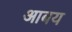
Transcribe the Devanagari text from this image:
आबय